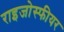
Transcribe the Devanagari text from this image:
राइजोस्फीयर